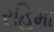
રહિમા